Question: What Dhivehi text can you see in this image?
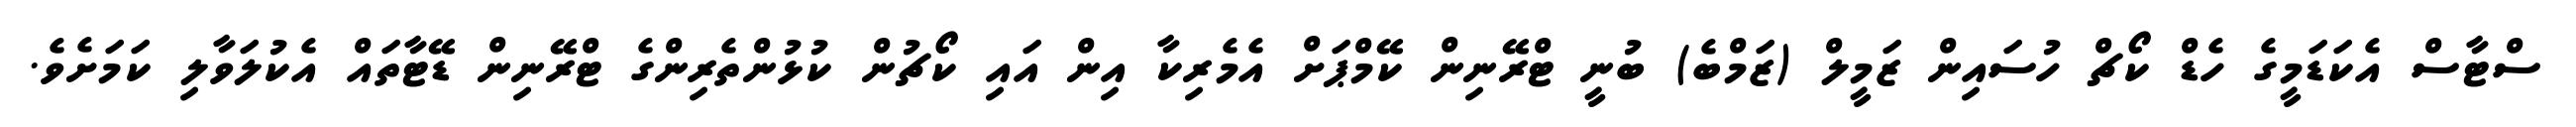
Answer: ސްޓާސް އެކަޑަމީގެ ހެޑް ކޯޗް ހުސައިން ޒަމީލް (ޒަމްބެ) ބުނީ ޓްރޭނިން ކޭމްޕަށް އެމެރިކާ އިން އައި ކޯޗުން ކުޅުންތެރިންގެ ޓްރޭނިން ޑޭޓާތައް އެކުލަވާލި ކަމަށެވެ.